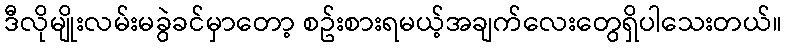
ဒီလိုမျိုးလမ်းမခွဲခင်မှာတော့ စဥ်းစားရမယ့်အချက်လေးတွေရှိပါသေးတယ်။